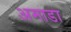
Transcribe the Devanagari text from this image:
अमाडा